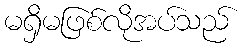
မရှိမဖြစ်လိုအပ်သည်